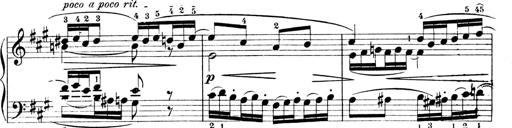
Title: 4 Sonatines
Composer: Max Reger